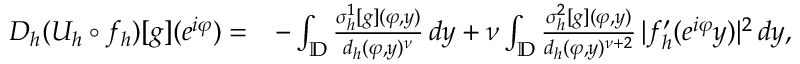
\begin{array} { r l } { D _ { h } ( U _ { h } \circ f _ { h } ) [ g ] ( e ^ { i \varphi } ) = } & { - \int _ { \mathbb { D } } \frac { \sigma _ { h } ^ { 1 } [ g ] ( \varphi , y ) } { d _ { h } ( \varphi , y ) ^ { \nu } } \, d y + \nu \int _ { \mathbb { D } } \frac { \sigma _ { h } ^ { 2 } [ g ] ( \varphi , y ) } { d _ { h } ( \varphi , y ) ^ { \nu + 2 } } \, | f _ { h } ^ { \prime } ( e ^ { i \varphi } y ) | ^ { 2 } \, d y , } \end{array}